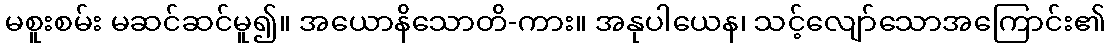
မစူးစမ်း မဆင်ဆင်မူ၍။ အယောနိသောတိ-ကား။ အနုပါယေန၊ သင့်လျော်သောအကြောင်း၏